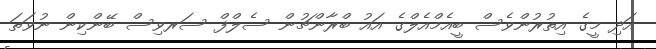
އަދި މީގެ އިތުރުންވެސް ބީއެމްއެލްގެ އައު ބްރާންޗުން ސެލްފް ސަރވިސް ބޭންކިން ނުވަތަ